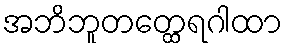
အဘိဘူတတ္ထေရဂါထာ